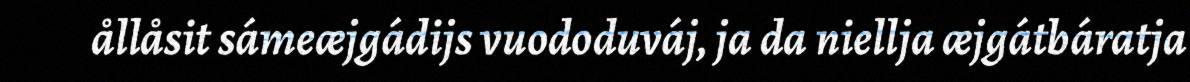
ållåsit sámeæjgádijs vuododuváj, ja da niellja æjgátbáratja